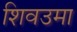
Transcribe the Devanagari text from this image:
शिवउमा